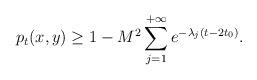
LaTeX: \begin{align*}p_t(x,y) \ge 1-M^2 \sum_{j=1}^{+\infty} e^{-\lambda_j (t-2t_0)}.\end{align*}